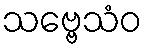
သဗ္ဗေသံဝ